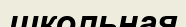
школьная